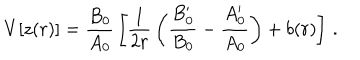
V [ z ( r ) ] = { \frac { B _ { 0 } } { A _ { 0 } } } \left[ { \frac { 1 } { 2 r } } \left( { \frac { B _ { 0 } ^ { \prime } } { B _ { 0 } } } - { \frac { A _ { 0 } ^ { \prime } } { A _ { 0 } } } \right) + b ( r ) \right] \, .